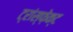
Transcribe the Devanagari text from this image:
ट्रांस्फ़ेक्ट